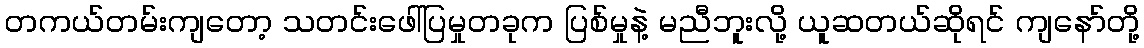
တကယ်တမ်းကျတော့ သတင်းဖေါ်ပြမှုတခုက ပြစ်မှုနဲ့ မညီဘူးလို့ ယူဆတယ်ဆိုရင် ကျနော်တို့